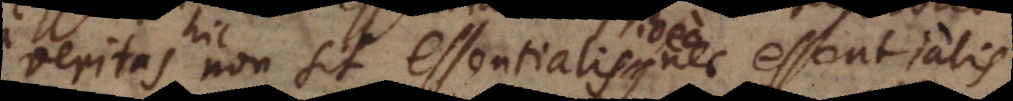
veritas non sit essentialis, nec essentialis